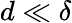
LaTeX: d\ll\delta